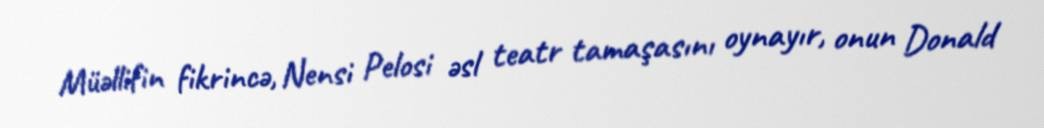
Müəllifin fikrincə, Nensi Pelosi əsl teatr tamaşasını oynayır, onun Donald